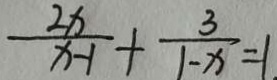
\frac { 2 x } { x - 1 } + \frac { 3 } { 1 - x } = 1 .